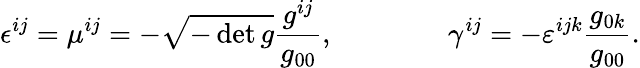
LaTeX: \epsilon^{ij}=\mu^{ij}=-\sqrt{-\operatorname*{det}g}\frac{g^{ij}}{g_{00}},\qquad\qquad\gamma^{ij}=-\varepsilon^{ijk}\frac{g_{0k}}{g_{00}}.